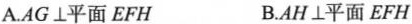
A.AG\perp 平面EFH B.AH\perp 平面EFH